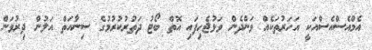
އެމްއެސްއެސްއަކީ އަހަރުތަކެއް ވަންދެން ވަޅުޖެހިފައި އޮތް ބޯޓު ދަތުރުކުރުމުގެ ސިނާއަތް އަލުން ދިރުވަން